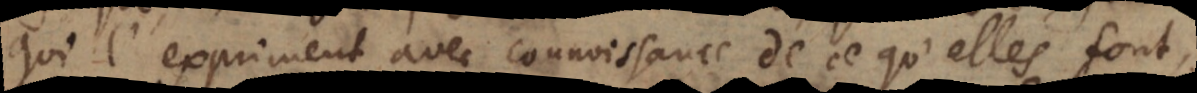
qui l’expriment avec connoissance de ce qu’elles font,